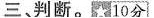
三、判断。10分